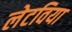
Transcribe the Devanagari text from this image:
लेटविया